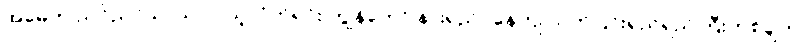
အမေက ညင်ညင်သာသာပဲ ယူလိုက်ရင်း ကျွန်တော် နားရည်ဝနေကျ သက်ပြင်းရှည်ရှည်ကြီးတစ်ချက်